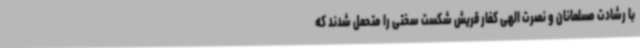
با رشادت مسلمانان و نصرت الهی کفار قریش شکست سختی را متحمل شدند که